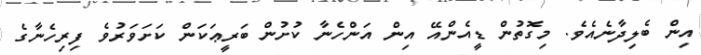
އިން ބެލިދާނެއެވެ. މިގޮތުން ޑީއެންއޭ އިން އަންހެނާ ކުށުން ބަރީޢަކަން ކަށަވަރުވެ ފިރިހެނާގެ